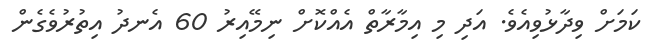
ކަމަށް ވިދާޅުވިއެވެ. އަދި މި އިމާރާތް އެއްކޮށް ނިމޭއިރު 60 އެނދު އިތުރުވެގެން